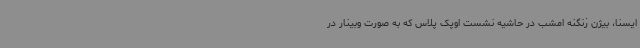
ایسنا، بیژن زنگنه امشب در حاشیه نشست اوپک پلاس که به صورت وبینار در